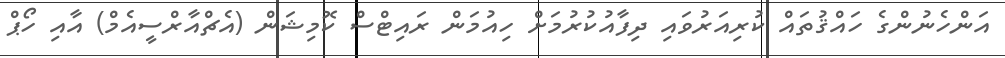
އަންހެނުންގެ ހައްޤުތައް ކުރިއަރުވައި ދިފާއުކުރުމަށް ހިއުމަން ރައިޓްސް ކޮމިޝަން (އެޗްއާރްސީއެމް) އާއި ހޯޕް